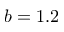
b = 1 . 2